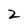
Character: 2